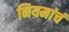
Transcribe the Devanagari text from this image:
नियमांचं